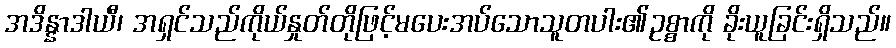
အဒိန္နာဒါယီ၊ အရှင်သည်ကိုယ်နှုတ်တိုဖြင့်မပေးအပ်သောသူတပါး၏ဥစ္စာကို ခိုးယူခြင်းရှိသည်။